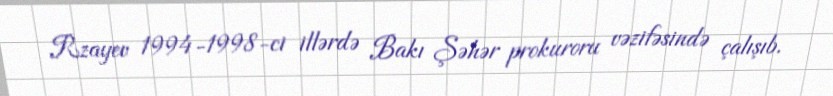
Rzayev 1994-1998-ci illərdə Bakı Şəhər prokuroru vəzifəsində çalışıb.